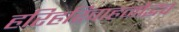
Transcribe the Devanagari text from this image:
हरिहरिवाहनोद्भव